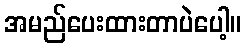
အမည်ပေးထားတာပဲပေါ့။